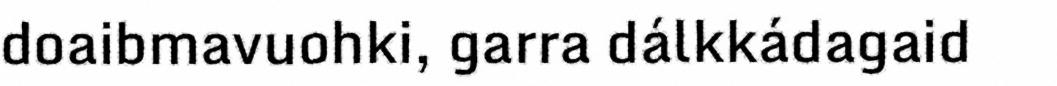
doaibmavuohki, garra dálkkádagaid